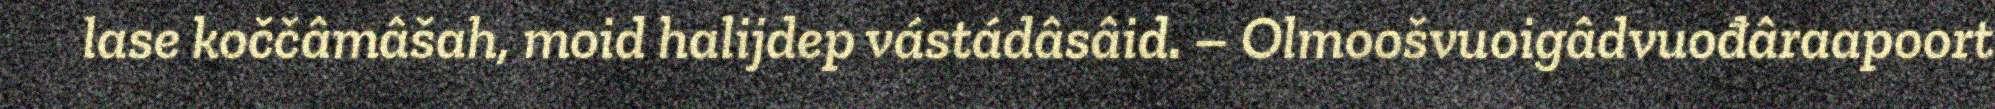
lase koččâmâšah, moid halijdep vástádâsâid. – Olmoošvuoigâdvuođâraapoort